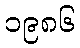
၁၉၈၆